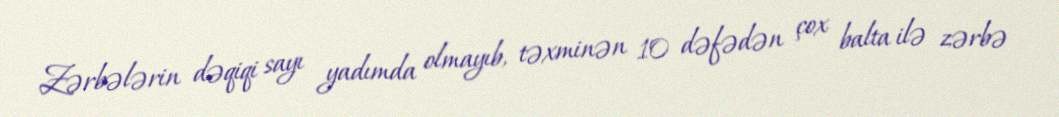
Zərbələrin dəqiqi sayı yadımda olmayıb, təxminən 10 dəfədən çox balta ilə zərbə